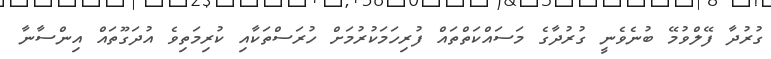
ގުރުދާ ފޭލްވުމޭ ބުނެވެނީ ގުރުދާގެ މަސައްކަތްތައް ފުރިހަމަކުރުމަށް ހުރަސްތަކާއި ކުރިމަތިވެ އުދަގޫތައް އިންސާނާ